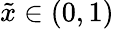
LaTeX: {\tilde{x}}\in(0,1)